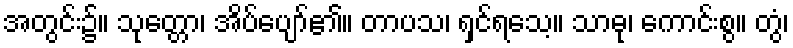
အတွင်း၌။ သုတ္တော၊ အိပ်ပျော်၏။ တာပသ၊ ရှင်ရသေ့။ သာဓု၊ ကောင်းစွ။ တွံ၊